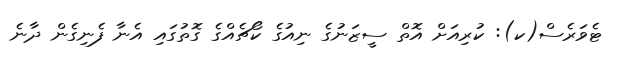
ޓެވަރެސް(ކ): ކުރިއަށް އޮތް ސީޒަނުގެ ނިއުގެ ކޯޗެއްގެ ގޮތުގައި އެނާ ފެނިގެން ދާނެ